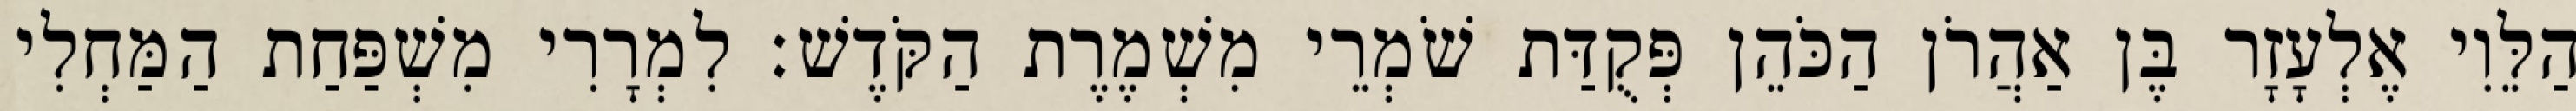
הַלֵּוִי אֶלְעָזָר בֶּן אַהֲרֹן הַכֹּהֵן פְּקֻדַּת שֹׁמְרֵי מִשְׁמֶרֶת הַקֹּדֶשׁ׃ לִמְרָרִי מִשְׁפַּחַת הַמַּחְלִי